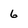
Character: 6